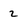
Character: 2